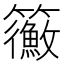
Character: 𥷲